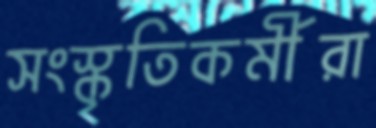
সংস্কৃতিকর্মীরা